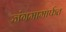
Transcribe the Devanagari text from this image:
जंगमामार्फत